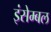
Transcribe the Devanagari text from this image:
इंसेम्बल